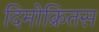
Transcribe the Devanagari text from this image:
दिमोक्रितस